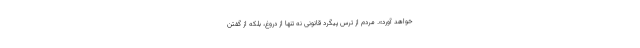
خواهد آورد». مردم از ترس پیگرد قانونی نه تنها از دروغ، بلکه از گفتن